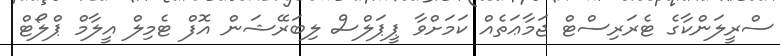
ސްރީލަންކާގެ ޓެރަރިސްޓް ޖަމާޢަތެއް ކަމަށްވާ ޕީޕަލްސް ލިބަރޭޝަން އޮފް ޓެމިލް އީލާމް ޕްލޯޓް